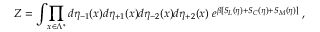
Z = \int \! \prod _ { x \in \Lambda ^ { * } } d \eta _ { - 1 } ( x ) d \eta _ { + 1 } ( x ) d \eta _ { - 2 } ( x ) d \eta _ { + 2 } ( x ) \; e ^ { \beta [ S _ { L } ( \eta ) + S _ { C } ( \eta ) + S _ { M } ( \eta ) ] } \; ,